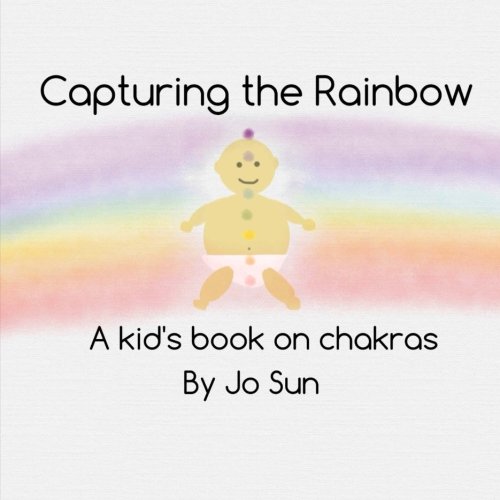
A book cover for Capturing the Rainbow: A Kid's Book on Chakras; Jo Sun; Religion & Spirituality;